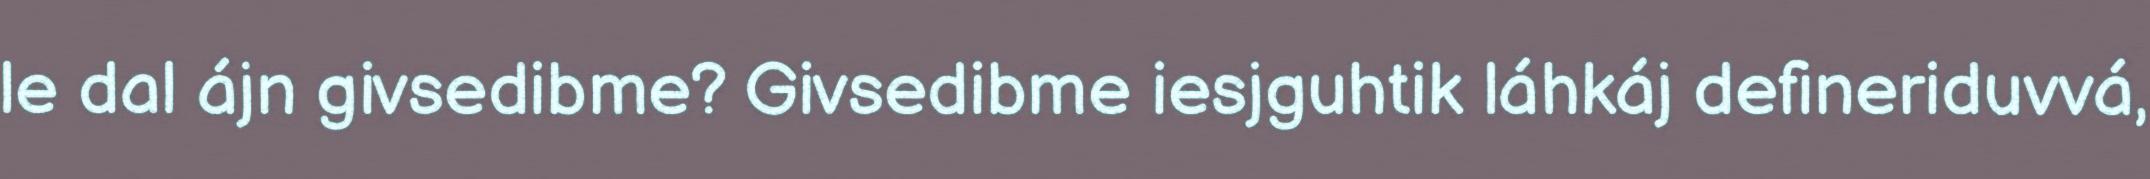
le dal ájn givsedibme? Givsedibme iesjguhtik láhkáj defineriduvvá,